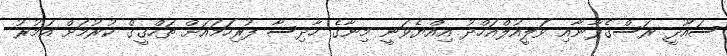
ސައޫދީ ރަސްގެފާނާއި ވަލީއުލްއަހްދު އިއްޔެވަނީ މިނާގެ ހާދިސާ ފުރިހަަމައަށް ތަހްގީގް ކުރުމަށް އަމުރު